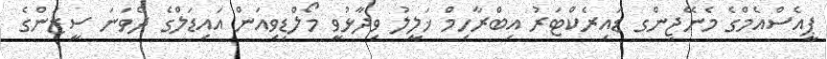
ޕީއެސްއެމްގެ މެނޭޖިންގ ޑައިރެކްޓަރު އިބްރާހިމް ޚަލީލު ވިދާޅުވީ މޯލްޑިވިއަން އައިޑަލްގެ ދެވަނަ ސީޒަންގެ